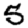
Digit: 5